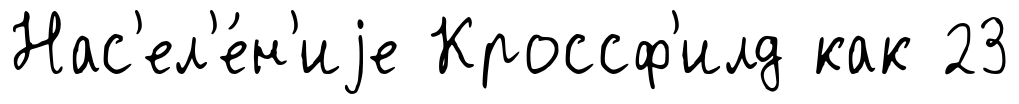
Нас'ел'е́н'иjе Кроссф'илд как 23